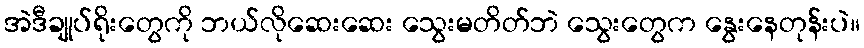
အဲဒီချုပ်ရိုးတွေကို ဘယ်လိုဆေးဆေး သွေးမတိတ်ဘဲ သွေးတွေက နွေးနေတုန်းပဲ။